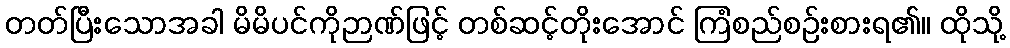
တတ်ပြီးသောအခါ မိမိပင်ကိုဉာဏ်ဖြင့် တစ်ဆင့်တိုးအောင် ကြံစည်စဉ်းစားရ၏။ ထိုသို့